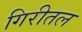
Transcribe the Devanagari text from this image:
गिरीतल